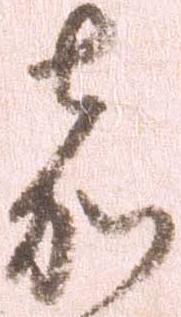
嘉